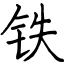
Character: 铁